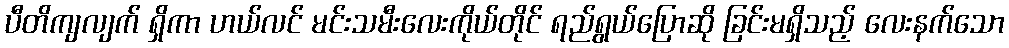
ပီတိကျလျက် ရှိကာ ဟယ်လင် မင်းသမီးလေးကိုယ်တိုင် ရည်ရွယ်ပြောဆို ခြင်းမရှိသည့် လေးနက်သော